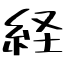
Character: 経